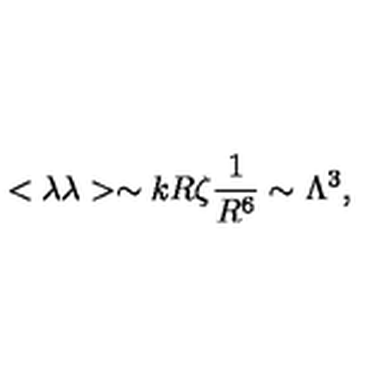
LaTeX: < \lambda \lambda > \sim k R \zeta \frac { 1 } { R ^ { 6 } } \sim \Lambda ^ { 3 } ,